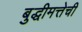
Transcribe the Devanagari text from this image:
बुद्धीमत्तेची